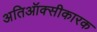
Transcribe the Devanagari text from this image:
अतिऑक्सीकारक